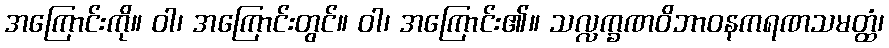
အကြောင်းကို။ ဝါ၊ အကြောင်းတွင်။ ဝါ၊ အကြောင်း၏။ သလ္လက္ခဏဝိဘာဝနကရဏသမတ္ထံ၊